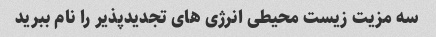
سه مزیت زیست محیطی انرژی های تجدیدپذیر را نام ببرید